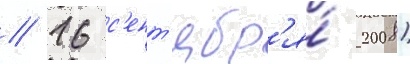
// 16 с'ент'ябр'я́ 2008)